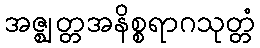
အဇ္ဈတ္တအနိစ္စရာဂသုတ္တံ